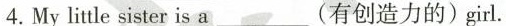
4.My little sister is a___(有创造力的)girl.